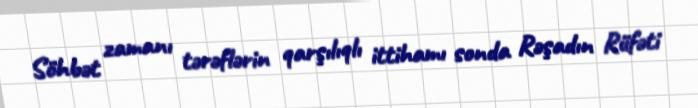
Söhbət zamanı tərəflərin qarşılıqlı ittihamı sonda Rəşadın Rüfəti